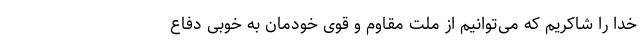
خدا را شاکریم که می‌توانیم از ملت مقاوم و قوی خودمان به خوبی دفاع